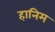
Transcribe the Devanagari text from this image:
हानिम